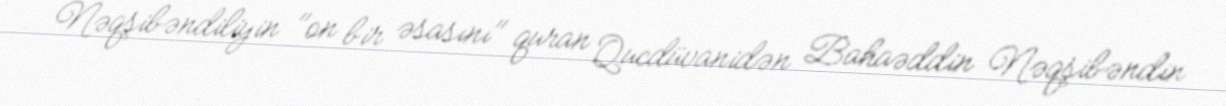
Nəqşibəndiliyin "on bir əsasını" quran Qucdüvanidən Bahaəddin Nəqşibəndin